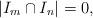
LaTeX: \begin{align*}|I_m \cap I_n| = 0,\end{align*}